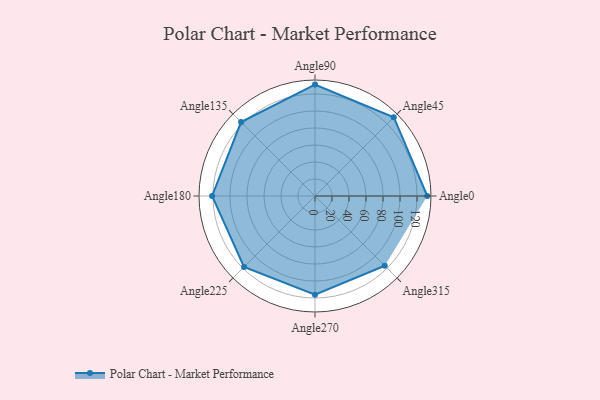
{"axis": {"x": "Angle", "y": "Radius"}, "legend": [""], "data": [{"x": "Angle0", "y": 132.0, "type": ""}, {"x": "Angle45", "y": 131.0, "type": ""}, {"x": "Angle90", "y": 131.0, "type": ""}, {"x": "Angle135", "y": 123.0, "type": ""}, {"x": "Angle180", "y": 121.0, "type": ""}, {"x": "Angle225", "y": 118.0, "type": ""}, {"x": "Angle270", "y": 116.0, "type": ""}, {"x": "Angle315", "y": 116.0, "type": ""}]}